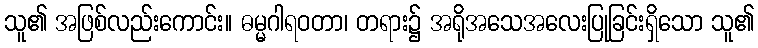
သူ၏ အဖြစ်လည်းကောင်း။ ဓမ္မဂါရဝတာ၊ တရား၌ အရိုအသေအလေးပြုခြင်းရှိသော သူ၏